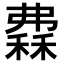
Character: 𥡀